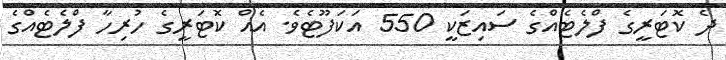
ދެ ކޮޓަރީގެ ފްލެޓެއްގެ ސައިޒަކީ 550 އަކަފޫޓެވެ. އެއް ކޮޓަރީގެ ހުރިހާ ފްލެޓެއްގެ